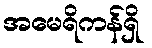
အမေရိကန်ရှိ